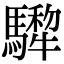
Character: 𩦄